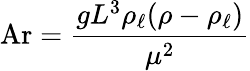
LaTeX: \mathrm{Ar}={\frac{gL^{3}\rho_{\ell}(\rho-\rho_{\ell})}{\mu^{2}}}